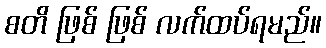
စတိ ဖြစ် ဖြစ် လက်ထပ်ရမည်။